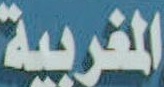
المغربية